Annual administration and progress report of the Indian Medical Department, Bombay
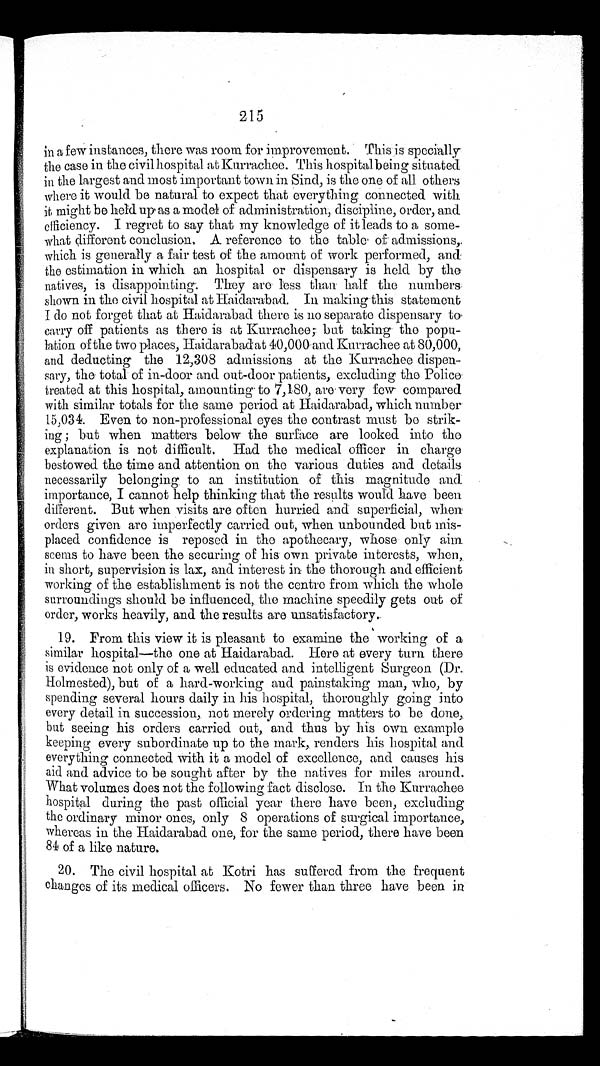
215
in a few instances, there was room for improvement. This is specially
the case in the civil hospital at Kurrachee. This hospital being situated
in the largest and most important town in Sind, is the one of all others
where it would be natural to expect that everything connected with
it might be held up as a model of administration, discipline, order, and
efficiency. I regret to say that my knowledge of it leads to a some-
what different conclusion. A reference to the table . of admissions,
which is generally a fair test of the amount of work performed, and
the estimation in which an hospital or dispensary is held by the
natives, is disappointing. They are less than half the numbers
shown in the civil hospital at Haidarabad. In making this statement
I do not forget that at Haidarabad there is no separate dispensary to
carry off patients as there is at Kurrachee; but taking the popu
-lation of the two places, Haidarabad at 40,000 and Kurrachee at 80,000,
and deducting the 12,308 admissions at the Kurrachee dispen
-sary, the total of in-door and out-door patients, excluding the Police
treated at this hospital, amounting to 7,180, are very few compared
with similar totals for the same period at Haidarabad, which number
15,034. Even to non-professional eyes the contrast must be strik
-ing ; but when matters below the surface are looked into the
explanation is not difficult. Had the medical officer in charge
bestowed the time and attention on the various duties and details
necessarily belonging to an institution of this magnitude and
importance, I cannot help thinking that the results would have been
different. But when visits are often hurried and superficial, when
orders given are imperfectly carried out, when unbounded but mis
-placed confidence is reposed in the apothecary, whose only aim
seems to have been the securing of his own private interests, when,
in short, supervision is lax, and interest in the thorough and efficient
working of the establishment is not the centre from which the whole
surroundings should be influenced, the machine speedily gets out of
order, works heavily, and the results are unsatisfactory.
19. From this view it is pleasant to examine the working of a
similar hospital—the one at Haidarabad. Here at every turn there
is evidence not only of a well educated and intelligent Surgeon (Dr.
Holmested), but of a hard-working and painstaking man, who, by
spending several hours daily in his hospital, thoroughly going into
every detail in succession, not merely ordering matters to be done,
but seeing his orders carried out, and thus by his own example
keeping every subordinate up to the mark, renders his hospital and
everything connected with it a model of excellence, and causes his
aid and advice to be sought after by the natives for miles around.
What volumes does not the following fact disclose. In the Kurrachee
hospital during the past official year there have been, excluding
the ordinary minor ones, only 8 operations of surgical importance,
whereas in the Haidarabad one, for the same period, there have been
84 of a like nature.
20. The civil hospital at Kotri has suffered from the frequent
changes of its medical officers. No fewer than three have been in